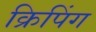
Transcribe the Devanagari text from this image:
क्रिपिंग